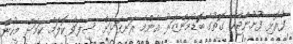
ފުރޮޅި ފުށުންޖެހޭ ގޮތުގެ ބޮޑުމަންޒަރު އެންމެ ރަނގަޅަށް ސިފަވާ ކޮލަމް ކަމަށް މީހުން